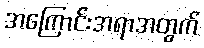
အကြောင်းအရာအတွက်